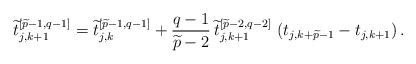
LaTeX: \begin{align*}\widetilde{t}_{j,k+1}^{\left[\widetilde{p}-1,q-1\right]}=\widetilde{t}_{j,k}^{\left[\widetilde{p}-1,q-1\right]}+{q-1 \over \widetilde{p}-2}\,\widetilde{t}_{j,k+1}^{\left[\widetilde{p}-2,q-2\right]}\,\left(t_{j,k+\widetilde{p}-1}-t_{j,k+1}\right).\end{align*}